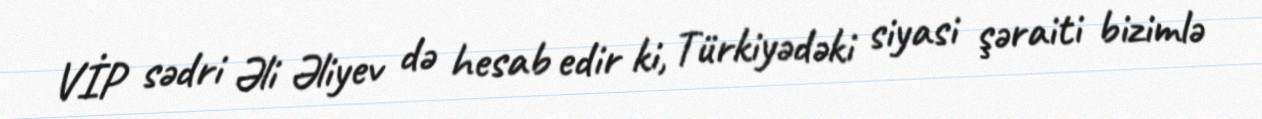
VİP sədri Əli Əliyev də hesab edir ki, Türkiyədəki siyasi şəraiti bizimlə